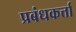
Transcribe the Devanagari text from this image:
प्रबंधकर्त्ता